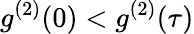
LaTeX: g^{(2)}(0)<g^{(2)}(\tau)